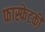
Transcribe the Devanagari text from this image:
फास्फेटकी